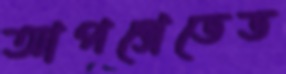
আপগ্রেডেড